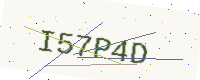
Text: I57P4D